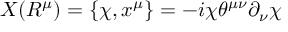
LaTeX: { \cal X } ( R ^ { \mu } ) = \{ { \chi } , x ^ { \mu } \} = - i { \chi } { \theta } ^ { { \mu } { \nu } } { \partial } _ { \nu } { \chi }